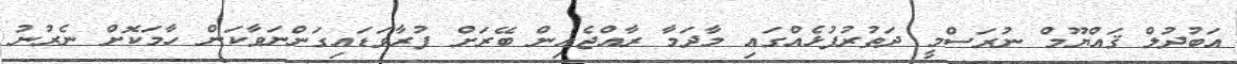
އަބުދުލް ޤައްޔޫމް ނުރަސްމީ ދަތުރުފުޅެއްގައި މާދަމާ ރާއްޖެއިން ބޭރަށް ފުރާވަޑައިގަންނަވާކަން ހާމަކޮށް ނެރުނު